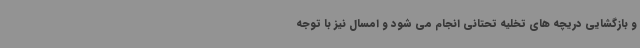
و بازگشایی دریچه های تخلیه تحتانی انجام می شود و امسال نیز با توجه